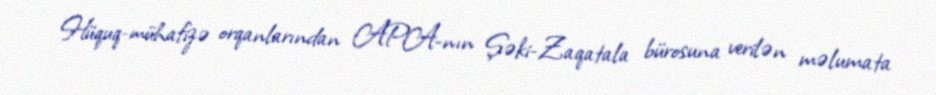
Hüquq-mühafizə orqanlarından APA-nın Şəki-Zaqatala bürosuna verilən məlumata